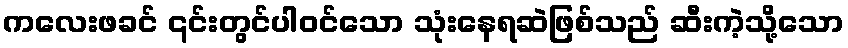
ကလေးဖခင် ၎င်းတွင်ပါဝင်သော သုံးနေရဆဲဖြစ်သည် ဆီးကဲ့သို့သော